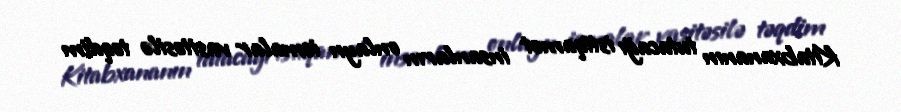
Kitabxananın tutacağı istiqamət insanların onlayn icmalar vasitəsilə təqdim